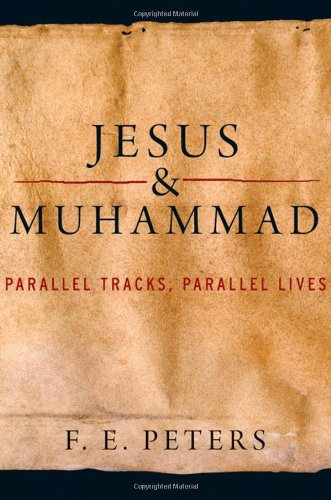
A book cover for Jesus and Muhammad: Parallel Tracks, Parallel Lives; F. E. Peters; Religion & Spirituality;